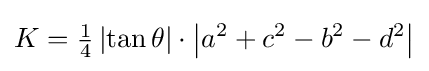
K={\tfrac {1}{4}}\left|\tan \theta \right|\cdot \left|a^{2}+c^{2}-b^{2}-d^{2}\right|